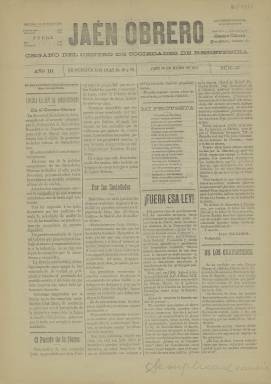
Título: Jaén obrero
Colección: Periódicos || Prensa sindical
Ámbito geográfico: Jaén
Lugar de publicación: Jaén
Fechas: 30/03/1911-30/03/1911

Periódico socialista nacido en 1910 y que da cuenta del crecimiento que desde principio del siglo XX estaban teniendo las ideas socialistas en la ciudad de Jaén y su provincia. Por estos años había más afiliados a la UGT en esta provincia que en el resto de las provincias andaluzas juntas, donde era el anarquismo la ideología predominante entre la clase obrera de izquierdas.

  Esta publicación, que salía tres veces cada mes, no fue la primera que puso en circulación el PSOE en Jaén, ya que hubo antes otras dos, pero efímeras, como lo será ésta pues parece que sólo se editó hasta 1912, aunque no dejaron de salir después otras cabeceras socialistas. En 1918 salió de nuevo un periódico con el mismo título de  Jaén obrero y como semanario, que se publicó hasta 1923. Uno de sus redactores, José Morales Robles, se convertirá en 1920 en el primer alcalde socialista de una capital de provincia, junto con Bilbao.

  La BNE sólo posee un número de Jaén obrero, que se subtitulaba Órgano del Centro de Sociedades de Resistencia en su primera etapa. Este número correspondiente al 30 de marzo de 1911 tiene la particularidad de dedicar buena parte de su contenido a criticar la llamada Ley de Jurisdicciones, que suponía un serio recorte de las libertades públicas y de la libertad de expresión.

   El periódico, de cuatro páginas, era una publicación doctrinaria, típica de partido, en la que la propaganda era lo fundamental. Según se puede ver en el número que posee la BNE había también noticias de índole local, referidas a la ciudad o a algún pueblo de la provincia, destacando la información de denuncia de empresas, como la titulada ‘La tiranía minera’, contra la compañía inglesa Riotinto, o la anticlerical o simplemente de contenido laico.

 Así, es curiosa la noticia titulada ‘Boda civil en Jaén’, en la que se recoge una información aparecida en otro periódico, Jaén Federal: ‘En breve contraerán lazos nupciales prescindiendo de toda intervención religiosa dos jóvenes obreros de esta capital… Imite la gente joven esta actitud y apártese de la Iglesia, que no hace otra cosa que aconsejar lo contrario de lo que ella practica’.

  Sobre este periódico y en general sobre la prensa jiennense de los dos últimos siglos, puede consultarse la obra muy documentada de Antonio Checa Godoy titulada: ‘La Historia de la Prensa en Jaén 1808-2012’, editada por la Asociación de la Prensa de Jaén. Está disponible online.

[Descripción publicada el 17/08/2022]